Insane asylums in Bengal annual reports 1876-1887 - 1876-1887
Year: 1876
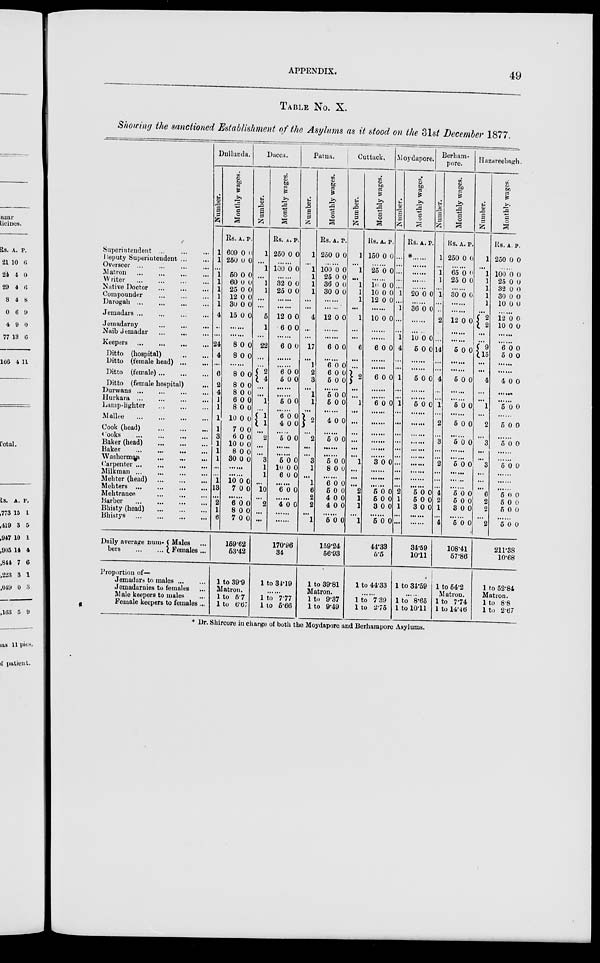
APPENDIX.
49
TABLE No. X.
Showing the sanctioned Establishment of the Asylums as it stood on the 31st December 1877.
Superintendent ...
...
...
Deputy Superintendent
...
...
Overseer ...
...
...
...
Matron
...
...
...
...
Writer
...
...
...
...
Native Doctor
...
...
...
Compounder ... ... ...
Darogah
...
...
...
...
Jemadars
...
...
...
...
Jemadarny
...
...
...
Naib Jemadar
...
...
...
Keepers
...
...
...
...
Ditto (hospital)
...
...
Ditto (female head)
...
...
Ditto (female)
...
...
...
Ditto (female hospital) ...
Durwans
...
...
...
...
Hurkara
...
...
...
...
Lamp-lighter
...
...
...
Mallee
...
...
...
...
Cook (head)
...
...
...
Cooks
...
...
...
...
Baker (head) ... ... ...
Baker
...
...
...
...
Washerman ... ... ...
Carpenter ... ... ... ...
Milkman
...
...
...
...
Mehter (head) ... ... ...
Mehters
...
...
...
...
Mehtranee
...
...
...
Barber
...
...
...
...
Bhisty (head)
...
...
...
Bhistys
...
...
...
...
Daily average num-
bers
...
...
Males ...
Females ...
Proportion of—
Jemadars to males
...
...
Jemadarnies to females ...
Male keepers to males ...
Female keepers to females ...
Dullunda.
Number.
1
1
...
1
1
1
1
1
4
...
...
24
4
...
6
2
4
1
1
1
1
3
1
1
1
...
...
1
13
...
2
1
6
Monthly wages.
Rs.
609
250
A.
0
0
P.
0
0
......
50
60
25
12
30
15
0
0
0
0
0
0
0
0
0
0
0
0
......
......
8
8
0
0
0
0
......
8
8
8
6
8
10
7
6
10
8
30
0
0
0
0
0
0
0
0
0
0
0
0
0
0
0
0
0
0
0
0
0
0
......
10
7
0
0
0
0
......
6
8
7
0
0
0
0
0
0
159.62
53.42
1 to 39.9
Matron.
1 to 5.7
1 to 6.67
Dacca.
Number.
1
...
1
...
1
1
...
...
5
1
...
22
...
...
2
4
...
...
1
...
1
1
...
2
...
...
3
1
1
...
10
...
2
...
...
Monthly wages.
Rs.
250
A.
0
P.
0
......
100 0 0
......
32
25
0
0
0
0
......
......
12
6
0
0
0
0
......
6 0 0
......
......
6
5
0
0
0
0
......
......
5 0 0
......
6
4
0
0
0
0
......
5 0 0
......
......
5
10
6
0
0
0
0
0
0
......
6 0 0
......
4 0 0
......
......
170.96
34
1 to 34.19
......
1 to 7.77
1 to 5.66
Patna.
Number.
1
...
1
1
1
1
...
...
4
...
...
17
...
1
2
3
...
1
1
...
2
...
2
...
...
3
1
...
1
6
2
2
...
1
Monthly wages.
Rs.
250
A.
0
P.
0
......
100
25
36
30
0
0
0
0
0
0
0
0
......
12 0 0
......
......
6 0 0
......
6
6
5
0
0
0
0
0
0
......
5
5
0
0
0
0
......
4 0 0
......
5 0 0
......
......
5
8
0
0
0
0
......
6
5
4
4
0
0
0
0
0
0
0
0
......
5 0 0
159.24
56.93
1 to 39.81
Matron.
1 to 9.37
1 to 9.49
Cuttack.
Number.
1
...
1
...
1
1
1
...
1
...
...
6
...
...
2
...
...
1
...
...
...
...
...
...
1
...
...
...
2
1
1
...
1
Monthly wages.
Rs.
150
A.
0
P.
0
......
25 0 0
......
10
10
12
0
0
0
0
0
0
......
10 0 0
......
......
6 0 0
......
......
6 0 0
......
6 0 0
......
......
......
3 0 0
......
......
5
5
3
0
0
0
0
0
0
......
5 0 0
44.33
5.5
1 to 44.33
......
1 to 7.39
1 to 2.75
Moydapore.
Number.
...
...
...
...
...
1
...
1
...
...
1
4
...
...
1
...
...
1
...
...
...
...
...
...
...
...
...
...
2
1
1
...
...
Monthly wages.
Rs. A.
P.
*......
......
......
......
......
20 0 0
......
36 0 0
......
10
5
0
0
0
0
......
5 0 0
......
5 0 0
......
......
......
......
5
5
3
0
0
0
0
0 0
......
......
34.59
10.11
1 to 34.59
......
1 to 8.65
1 to 10.11
Berham-
pore.
Number.
1
...
1
1
...
1
...
...
2
...
...
14
...
...
4
...
...
1
...
2
...
3
...
...
2
...
...
...
4
2
1
...
4
Monthly wages.
Rs.
250
A.
0
P.
0
......
65
25
0
0
0
0
......
30 0 0
......
......
12 0 0
......
......
5 0 0
......
......
5 0 0
......
......
5 0 0
......
5 0 0
......
5 0 0
......
......
5 0 0
......
5
5
3
0
0
0
0
0
0
......
5 0 0
108.41
57.86
1 to 54.2
Matron.
1 to 7.74
1 to 14.46
Hazareebagh.
Number.
1
...
1
1
1
1
1
...
2
2
...
...
9 15
...
...
4
...
...
1
...
2
...
3
...
...
3
...
...
...
6
2
2
...
2
Monthly wages.
Rs.
250
A.
0
P.
0
......
100
25
32
30
10
0
0
0
0
0
0
0
0
0
0
......
12
10
0
0 0 0
......
......
6
5
0
0
0
0
......
......
4 0 0
......
......
5 0 0
......
5 0 0
......
5 0 0
......
......
5 0 0
......
......
......
5
5
5
0
0
0
0
0
0
......
5 0 0
211.38
10.68
1 to 52.84
Matron.
1 to 8.8
1 to 2.67
* Dr. Shircore in charge of both the Moydapore and Berhampore Asylums.